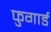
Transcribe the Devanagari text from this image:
फुगार्ड